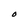
Character: d